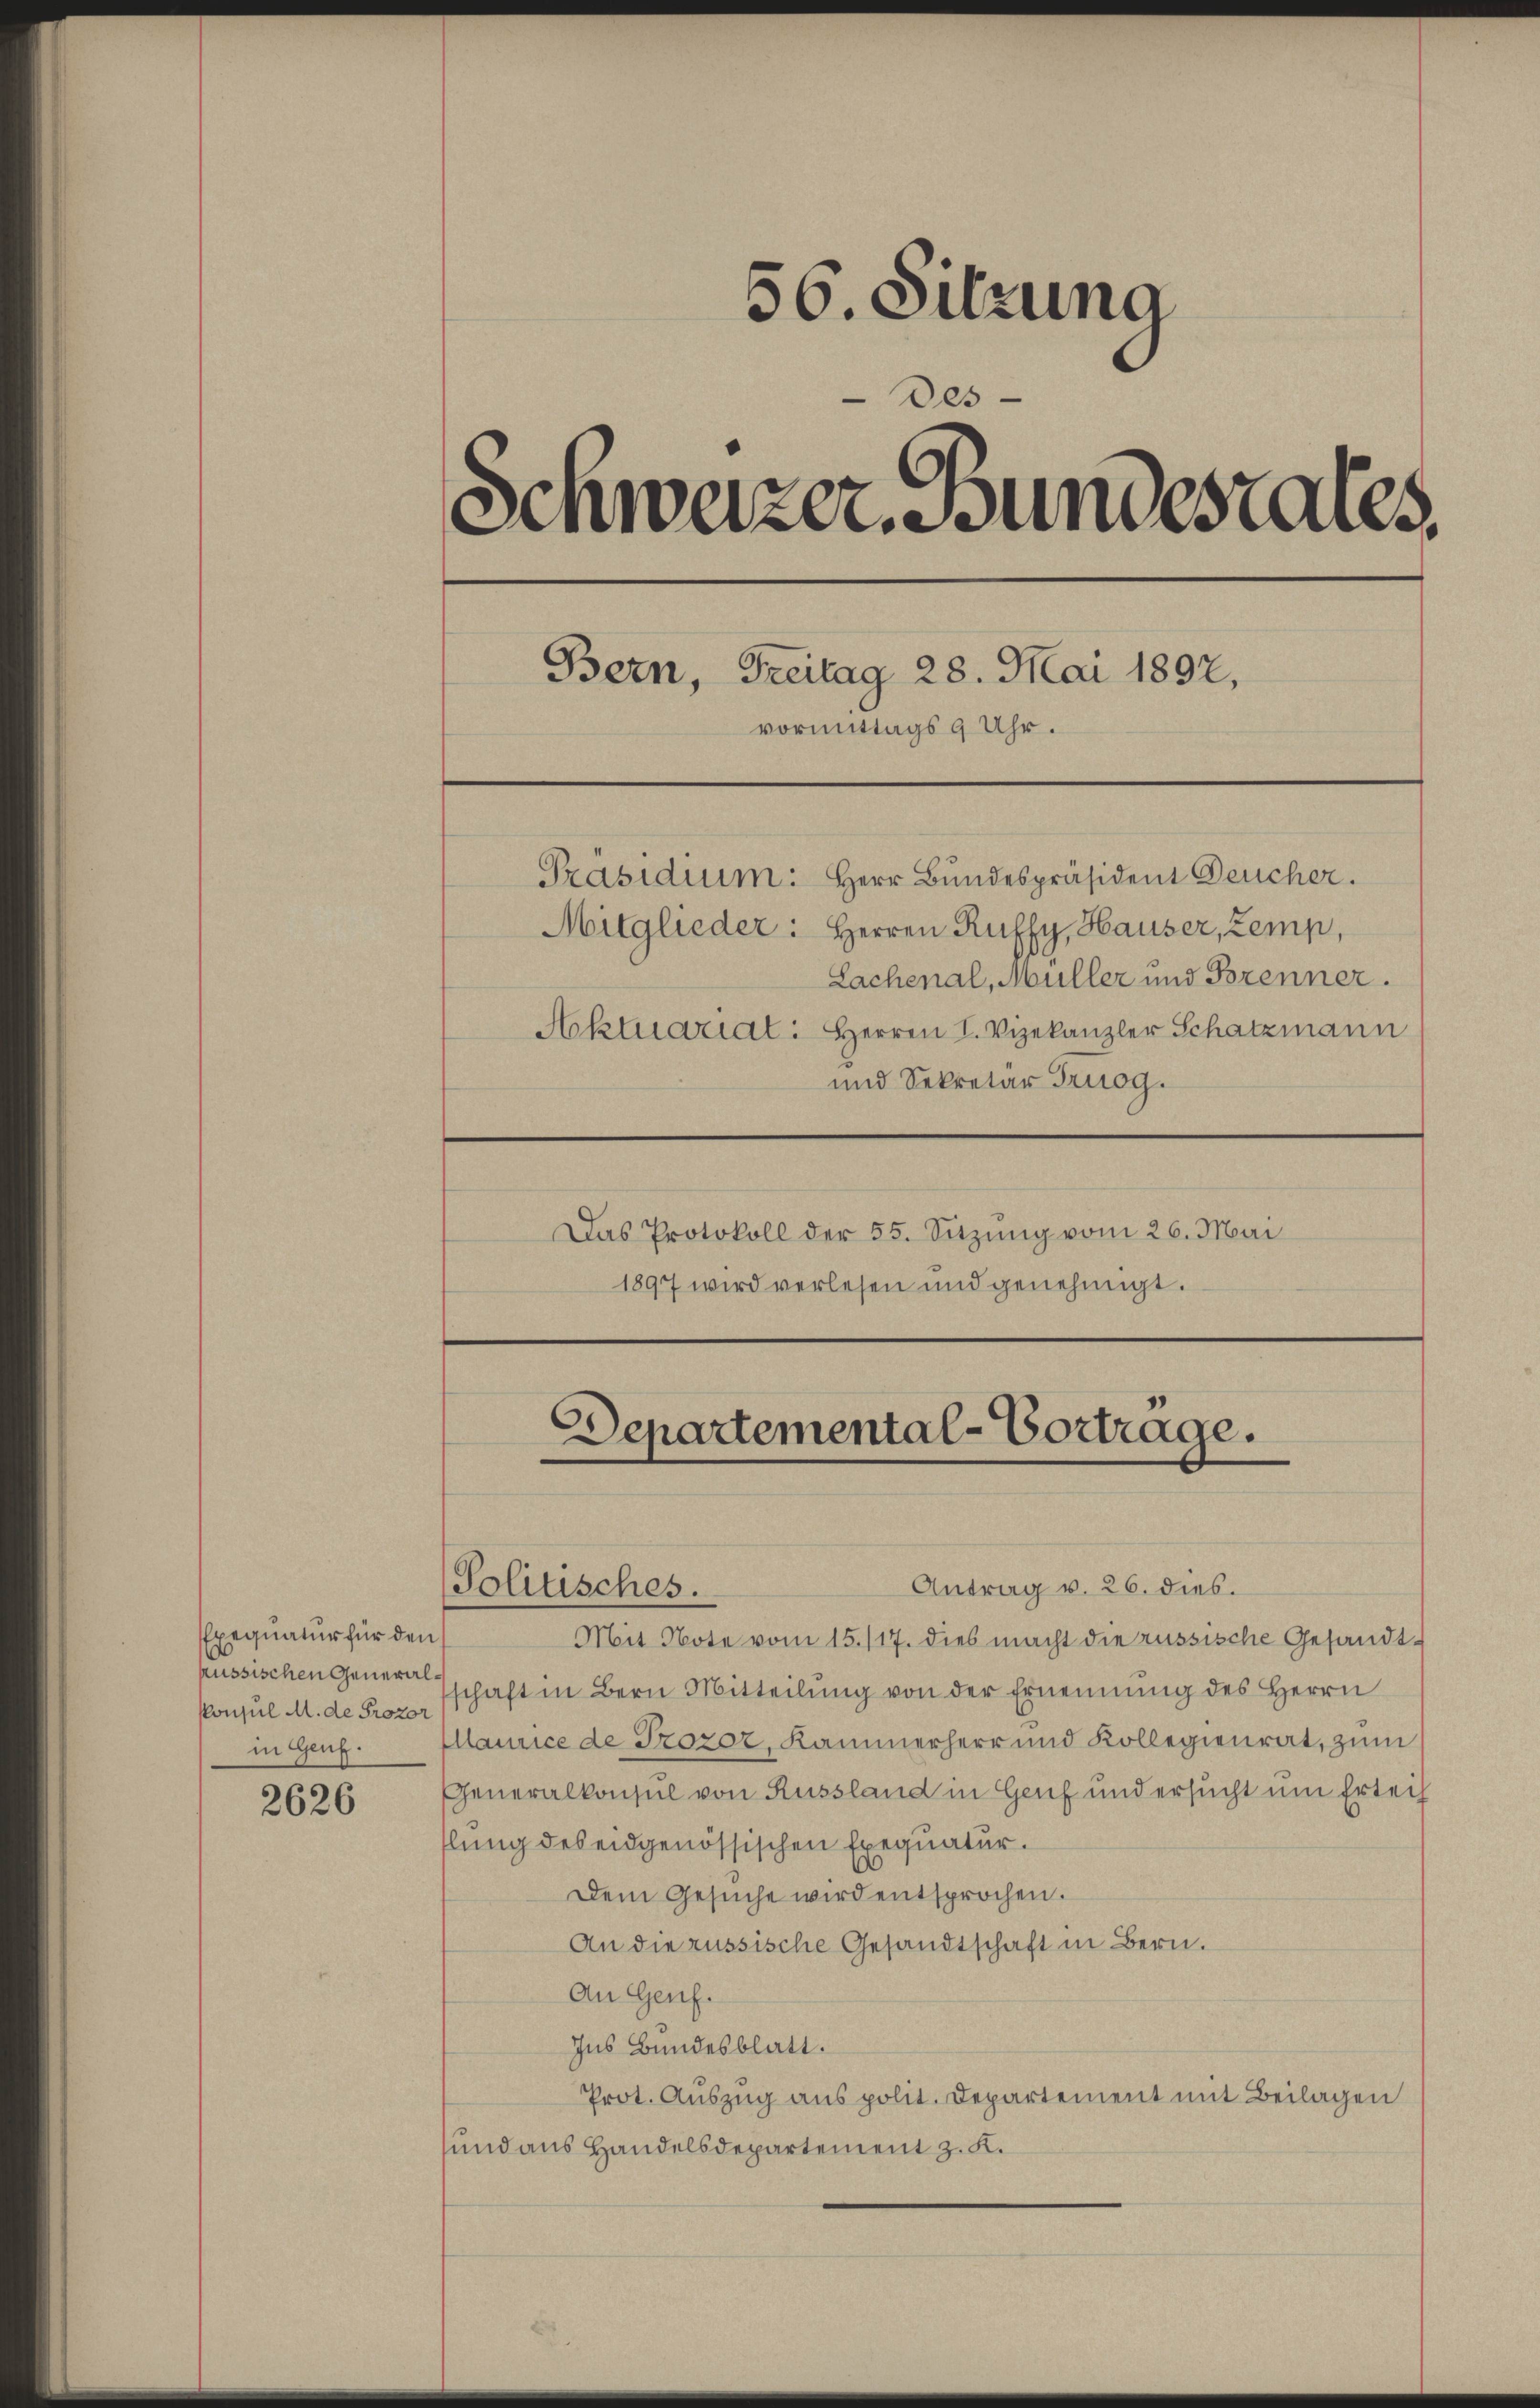
Exequatur für den
russischen Generalin Genf.

2626

56. Sitzung
Des
Schweizer Bundesrates.
Bern, Freitag 28. Mai 1892,
vormittags 9 Uhr.
Präsidium: Herr Bundespräsident Deucher.
Mitglieder: Herren Ruffy, Hauser, Zemp,
Lachenal, Müller und Brenner.
Aktuariat: Herren I. Vizekanzler Schatzmann
und Sekretär Truog.
Das Protokoll der 55. Sitzung vom 26. Mai
1897 wird verlesen und genehmigt.

Politisches.

Departemental-Vortrage.

Antrag v. 26. dies.
Mit Note vom 15./17. dies macht die russische Gesandt-
Ponsŭl M. de schaft in Bern Mitteilŭng von der Ernennung des Herrn
Illamice de Trozor, Kammerherr und Kollegienrat, zum
Generalkonsul von Russland in Genf und ersucht um Erleih
flung des eidgenössischen Exequatur.
Dem Gesŭche wird entsprochen.
An die russische Gesandtschaft in Bern.
An Genf.
Ins Bundesblatt.
Prot. Auszug aus polit. Departement mit Beilagen
sund aus Handelsdepartement z. K.